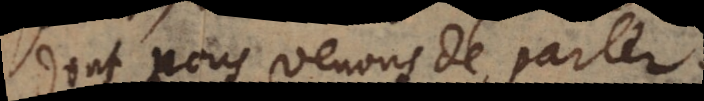
dont nous venons de parler.